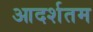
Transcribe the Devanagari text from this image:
आदर्शतम